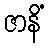
ဇာနိံ